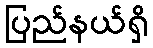
ပြည်နယ်ရှိ